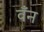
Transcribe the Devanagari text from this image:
वँन